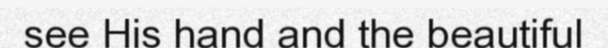
see His hand and the beautiful